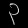
Digit: ၃